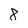
Character: 8